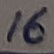
Text: 16